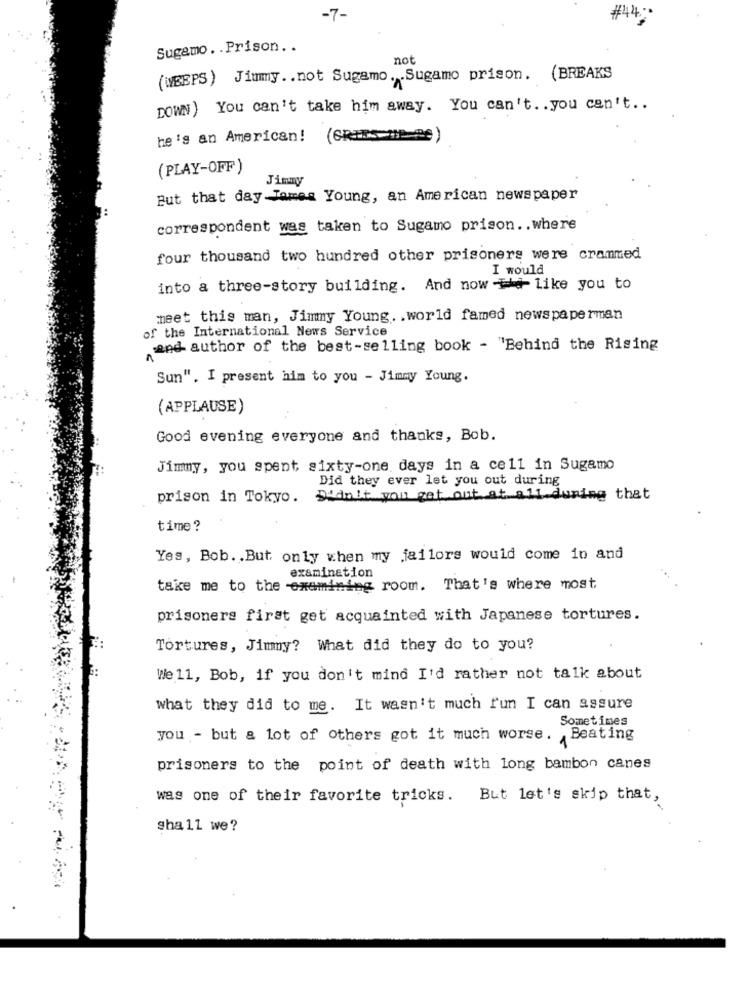
-7-
Sugamo .. Prison ..
not
(WEEPS) Jimmy .. not Sugamo. Sugamo prison. (BREAKS
DOWN) You can't take him away. You can't .. you can't ..
he's an American! (CRIBS me "e)
(PLAY-OFF)
Jimmy
But that day James Young, an American newspaper
correspondent was taken to Sugamo prison .. where
four thousand two hundred other prisoners were crammed
I would
into a three-story building. And now We Like you to
meet this man, Jimmy Young. . world famed newspaperman
of the International News Service
and author of the best-selling book - "Behind the Rising
Sun". I present him to you - Jimmy Young.
(APPLAUSE)
Good evening everyone and thanks, Bob.
Jimmy, you spent sixty-one days in a cell in Sugamo
Did they ever let you out during
prison in Tokyo.
Didn't you get out at all.during that
time?
Yes, Bob. . But only when my jailors would come in and
examination
take me to the examining room. That's where most
prisoners first get acquainted with Japanese tortures.
Tortures, Jimny? What did they do to you?
We 11, Bob, if you don't mind I'd rather not talk about
what they did to me. It wasn't much fun I can assure
Sometimes
you - but & lot of others got it much worse. Beating
prisoners to the point of death with long bambon canes
was one of their favorite tricks. But let's skip that,
shall we?